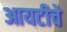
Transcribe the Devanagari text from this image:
आयटीचे